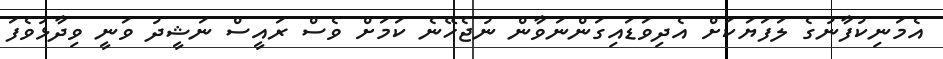
އެމަނިކުފާނުގެ ލަފަޔަކަށް އެދިވަޑައިގަންނަވާން ނުޖެހޭނެ ކަމަށް ވެސް ރައީސް ނަޝީދު ވަނީ ވިދާޅުވެފަ